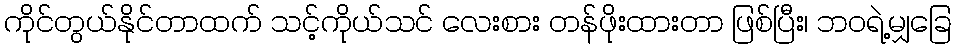
ကိုင်တွယ်နိုင်တာထက် သင့်ကိုယ်သင် လေးစား တန်ဖိုးထားတာ ဖြစ်ပြီး၊ ဘဝရဲ့မျှခြေ